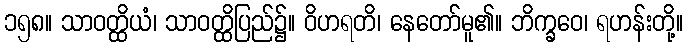
၁၅၈။ သာဝတ္ထိယံ၊ သာဝတ္ထိပြည်၌။ ဝိဟရတိ၊ နေတော်မူ၏။ ဘိက္ခဝေ၊ ရဟန်းတို့။